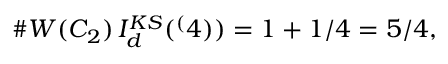
\# W ( C _ { 2 } ) \, I _ { d } ^ { K S } ( \sp ( 4 ) ) = 1 + 1 / 4 = 5 / 4 ,